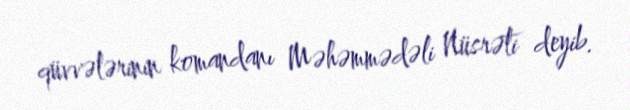
qüvvələrinin komandanı Məhəmmədəli Nüsrəti deyib.